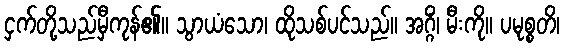
ငှက်တို့သည်မှီကုန်၏။ သွာယံသော၊ ထိုသစ်ပင်သည်။ အဂ္ဂိံ၊ မီးကို။ ပမုစ္စတိ၊